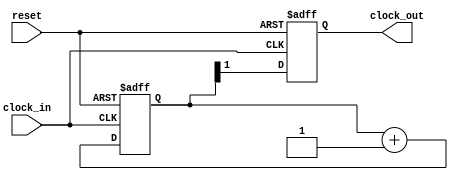
`timescale 1ns / 1ps
//////////////////////////////////////////////////////////////////////////////////
// Company: 
// Engineer: 
// 
// Design Name: 
// Module Name:    clock_divider 
// Project Name: 
// Target Devices: 
// Tool versions: 
// Description: 
//
// Dependencies: 
//
// Revision: 
// Revision 0.01 - File Created
// Additional Comments: 
//
//////////////////////////////////////////////////////////////////////////////////
module clock_divider (
  input clock_in,
  input reset,
  output reg clock_out
);

reg [1:0] count;

always@(posedge clock_in or posedge reset) begin
  if(reset) begin
    count <= 2'b00;
  end else begin
    count <= count + 1'b1;
  end
end

always@(posedge clock_in or posedge reset) begin
  if(reset) begin
    clock_out <= 1'b0;
  end else begin
    clock_out <= count[1];
  end
end

endmodule